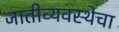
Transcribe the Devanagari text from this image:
जातीव्यवस्थेचा